Lunatic asylums Central Provinces reports 1874-1885 - 1874-1885
Year: 1874
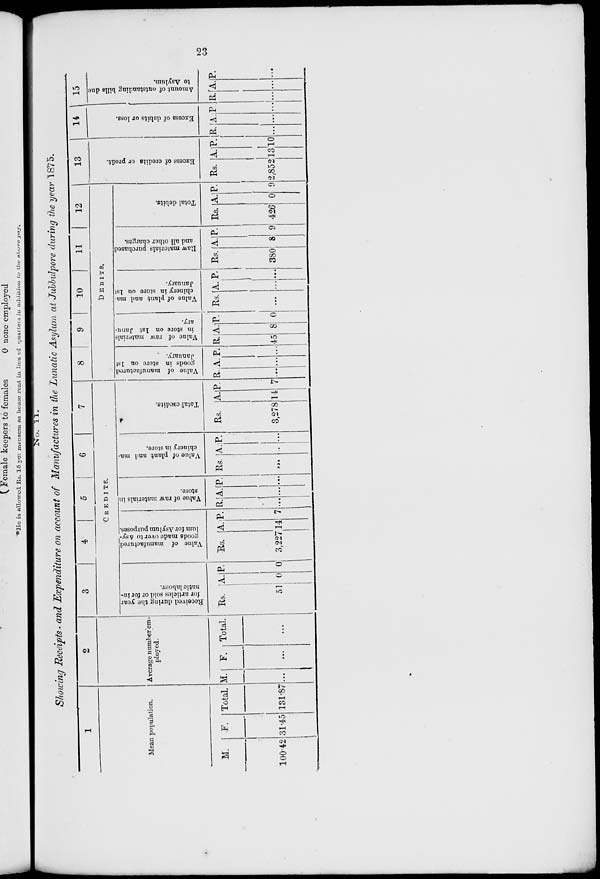
23
No.
11.
Showing Receipts and Expenditure on account of Manufactures in the Lunatic Asylum at Jubbulpore during the year 1875.
1
Mean population.
M.
100.42
F.
31.45
Total.
131.87
2
Average number em-
ployed.
M.
...
F.
...
Total.
...
3
4
5
6
7
CREDITS.
Received during the year
for articles sold or for lu-
natic labour.
Rs.
51
A.
0
P.
0
Value of manufactured
goods made over to Asy-
lum for Asylum purposes.
Rs.
3,227
A.
14
P.
7
Value of raw materials in
store.
R.
...
A.
...
P.
...
Value of plant and ma-
chinery in store.
Rs.
...
A.
...
P.
...
Total credits.
Rs.
3,278
A.
14
P.
7
8
9
10
11
12
DEBITS.
Value of manufactured
goods in store on 1st
January.
R.
...
A.
...
P.
...
Value of raw materials
in store on 1st Janu-
ary.
R.
45
A.
8
P.
0
Value of plant and ma-
chinery in store on 1st
January.
Rs.
...
A.
...
P.
...
Raw materials purchased
and all other charges.
Rs.
380
A.
8
P.
9
Total debits.
Rs.
426
A.
0
P.
9
13
Excess of credits or profit.
Rs.
2,852
A.
13
P.
10
14
Excess of debits or loss.
R.
...
A.
...
P.
...
15
Amount of outstanding bills due
to Asylum.
R.
...
A.
...
P.
...